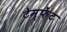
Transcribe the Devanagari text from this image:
टेम्फेंट